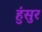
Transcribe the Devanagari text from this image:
हुंसुर